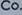
Co.